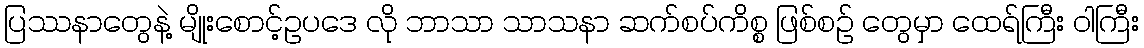
ပြဿနာတွေနဲ့ မျိုးစောင့်ဥပဒေ လို ဘာသာ သာသနာ ဆက်စပ်ကိစ္စ ဖြစ်စဉ် တွေမှာ ထေရ်ကြီး ဝါကြီး